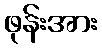
ဖုန်းအား